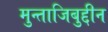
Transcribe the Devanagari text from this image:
मुन्ताजिबुद्दीन